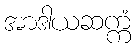
အာဒါယဆက္ကံ